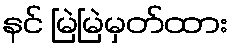
နင် မြဲမြဲမှတ်ထား